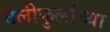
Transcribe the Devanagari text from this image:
वेलीफुलांच्या